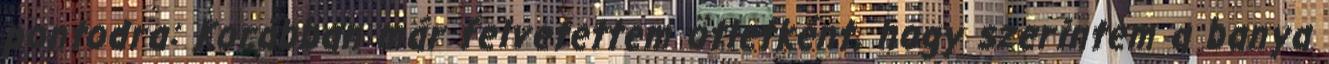
pontodra: Korábban már felvetettem ötletként, hogy szerintem a banya